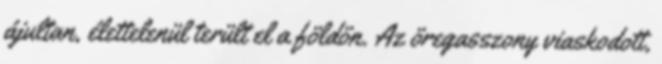
ájultan, élettelenül terült el a földön. Az öregasszony viaskodott,